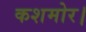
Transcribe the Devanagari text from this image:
कशमोर।